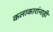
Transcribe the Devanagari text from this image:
कलाकारांनाही